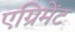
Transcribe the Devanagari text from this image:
एग्रिमेंट